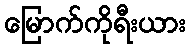
မြောက်ကိုရီးယား